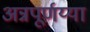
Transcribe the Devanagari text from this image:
अन्नपूर्णय्या